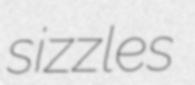
sizzles